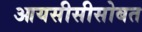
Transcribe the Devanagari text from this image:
आयसीसीसोबत